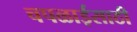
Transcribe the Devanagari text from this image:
चपळाईसाठी